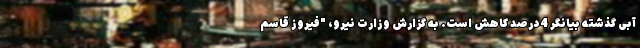
آبی گذشته بیانگر 4 درصد کاهش است. به گزارش وزارت نیرو، "فیروز قاسم